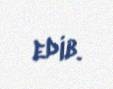
edib.